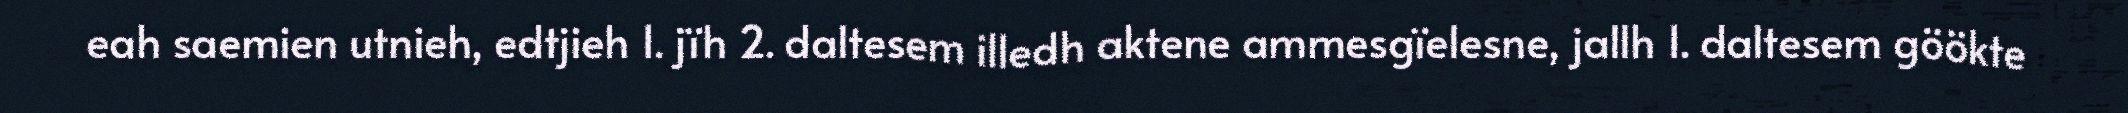
eah saemien utnieh, edtjieh 1. jïh 2. daltesem illedh aktene ammesgïelesne, jallh 1. daltesem göökte